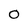
Character: O